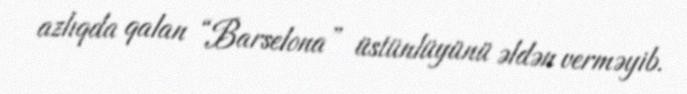
azlıqda qalan “Barselona” üstünlüyünü əldən verməyib.